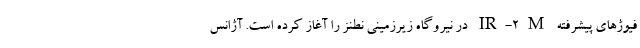
فیوژهای پیشرفته IR-2M در نیروگاه زیرزمینی نطنز را آغاز کرده است. آژانس